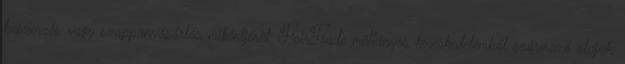
beszerzés vagy szappanvásárlás mikéntjéről. FairTrade méltányos kereskedelemből származó olajak,